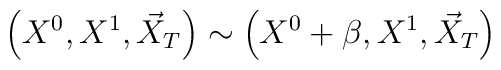
\left(X^0,X^1,\vec{X}_T\right)\sim\left(X^0+\beta,X^1,\vec{X}_T\right)